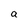
Character: a